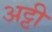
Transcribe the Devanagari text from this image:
अट्टी